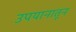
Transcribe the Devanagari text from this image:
उपयानातून